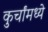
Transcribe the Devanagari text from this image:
कुर्चांमध्ये